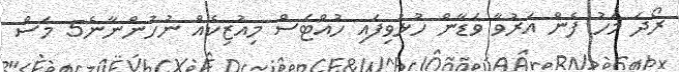
ރޯދަ މަހު ފެން އަރުވާ ވަޑާން ހުޅުވިފައި ހުއްޓަސް މިއުޒިކެއް ނުހުންނާނެ5 މަސް